Report of the Municipal Commissioner on the plague in Bombay for the year ending 31st May... - Volume 2
Disease focus: Plague
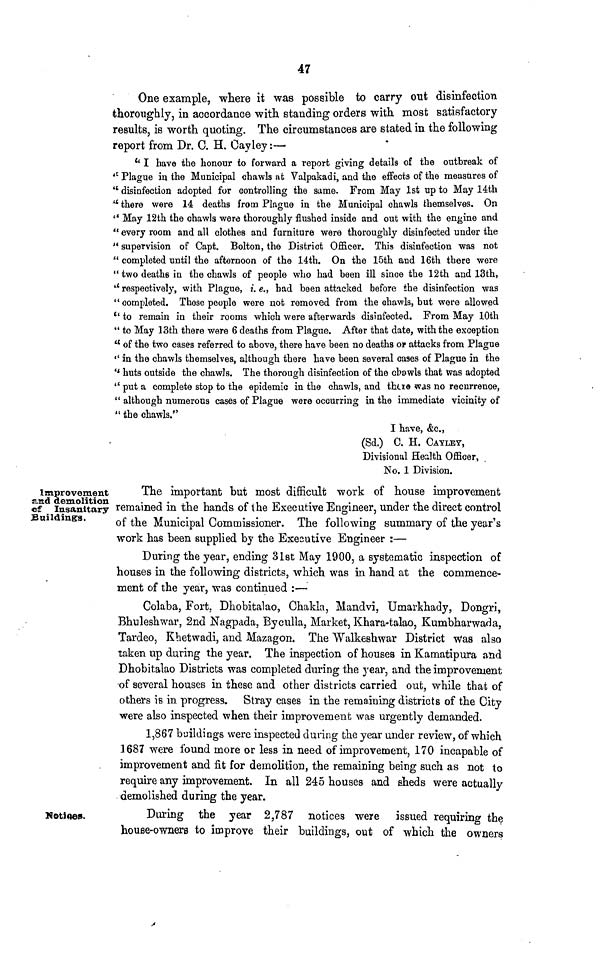
47
One example, where it was possible to carry out disinfection
thoroughly, in accordance with standing orders with most satisfactory
results, is worth quoting. The circumstances are stated in the following
report from Dr. C. H. Cayley:—
" I have the honour to forward a report giving details of the outbreak of
" Plague in the Municipal ohawls at Valpakadi, and the effects of the measures of
" disinfection adopted for controlling the same. From May 1st up to May 14th
" there were 14 deaths from Plague in the Municipal chawls themselves. On
" May 12th the chawls were thoroughly flushed inside and out with the engine and
" every room and all clothes and furnUure were thoroughly disinfected under the
" supervision of Capt. Bolton, the District Officer. This disinfection was not
" completed until the afternoon of the 14th. On the 15th and 16th there were
" two deaths in the chawls of people who had been ill since the 12th and 13th,
" respectively, with Plague, i.e., had been attacked before the disinfection was
" completed. These people were not removed from the chawls, but were allowed
" to remain in their rooms which were afterwards disinfected. From May 10th
" to May 13th there were 6 deaths from Plague. After that date, with the exception
" of the two cases referred to above, there have been no deaths OP attacks from Plague
" in the chawls themselves, although there have been several cases of Plague in the
" huts outside the chawls. The thorough disinfection of the cbawls that was adopted
" put a complete stop to the epidemic in the chawls, and there was no recurrence,
" although numerous cases of Plague were occurring in the immediate vicinity of
" the chawls."
I have, &c.,
(Sd.) G. H. CAYLEY,
Divisional Health Officer,
No. 1 Division.
Improvement
and demolition
of Insanitary
Buildings.
The important but most difficult work of house improvement
remained in the hands of the Executive Engineer, under the direct control
of the Municipal Commissioner. The following summary of the year's
work has heen supplied by the Executive Engineer :—
During the year, ending 31st May 1900, a systematic inspection of
houses in the following districts, which was in hand at the commence-
ment of the year, was continued :—
Colaba, Fort. Dhobitalao, Chalda, Mandvi, Umarkhady, Dongri,
Bhuleshwar, 2nd Nagpada, Byculla, Market, Khara-talao, Kumbharwada,
Tardeo, Khetwadi, and Mazagon. The Walkeshwar District Was also
taken up during the year. The inspection of houses in Kamatipura and
Dhobitalao Districts was completed during the year, and the improvement
of several houses in these and other districts carried out, while that of
others is in progress. Stray cases in the remaining districts of the City
were also inspected when their improvement was urgently demanded.
1,867 buildings were inspected during the year under review, of which
1687 were found more or less in need of improvement, 170 incapable of
improvement and fit for demolition, the remaining being such as not to
require any improvement. In all 245 houses and sheds were actually
demolished during the year.
Notices.
During the year 2,787 notices were issued requiring the
house-owners to improve their buildings, out of which the owners